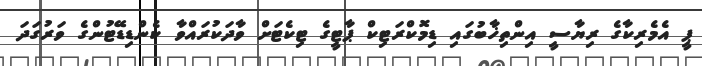
ޕީ އެމެރިކާގެ ރިޔާސީ އިންތިޚާބުގައި ޑިމޮކްރަޓިކް ޕާޓީގެ ޓިކެޓަށް ވާދަކުރައްވާ ކެންޑިޑޭޓުންގެ ވަރުގަދަ